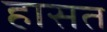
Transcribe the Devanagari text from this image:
हासत